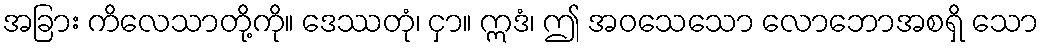
အခြား ကိလေသာတို့ကို။ ဒေဿတုံ၊ ငှာ။ ဣဒံ၊ ဤ အဝသေသော လောဘောအစရှိ သော